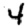
Digit: 4